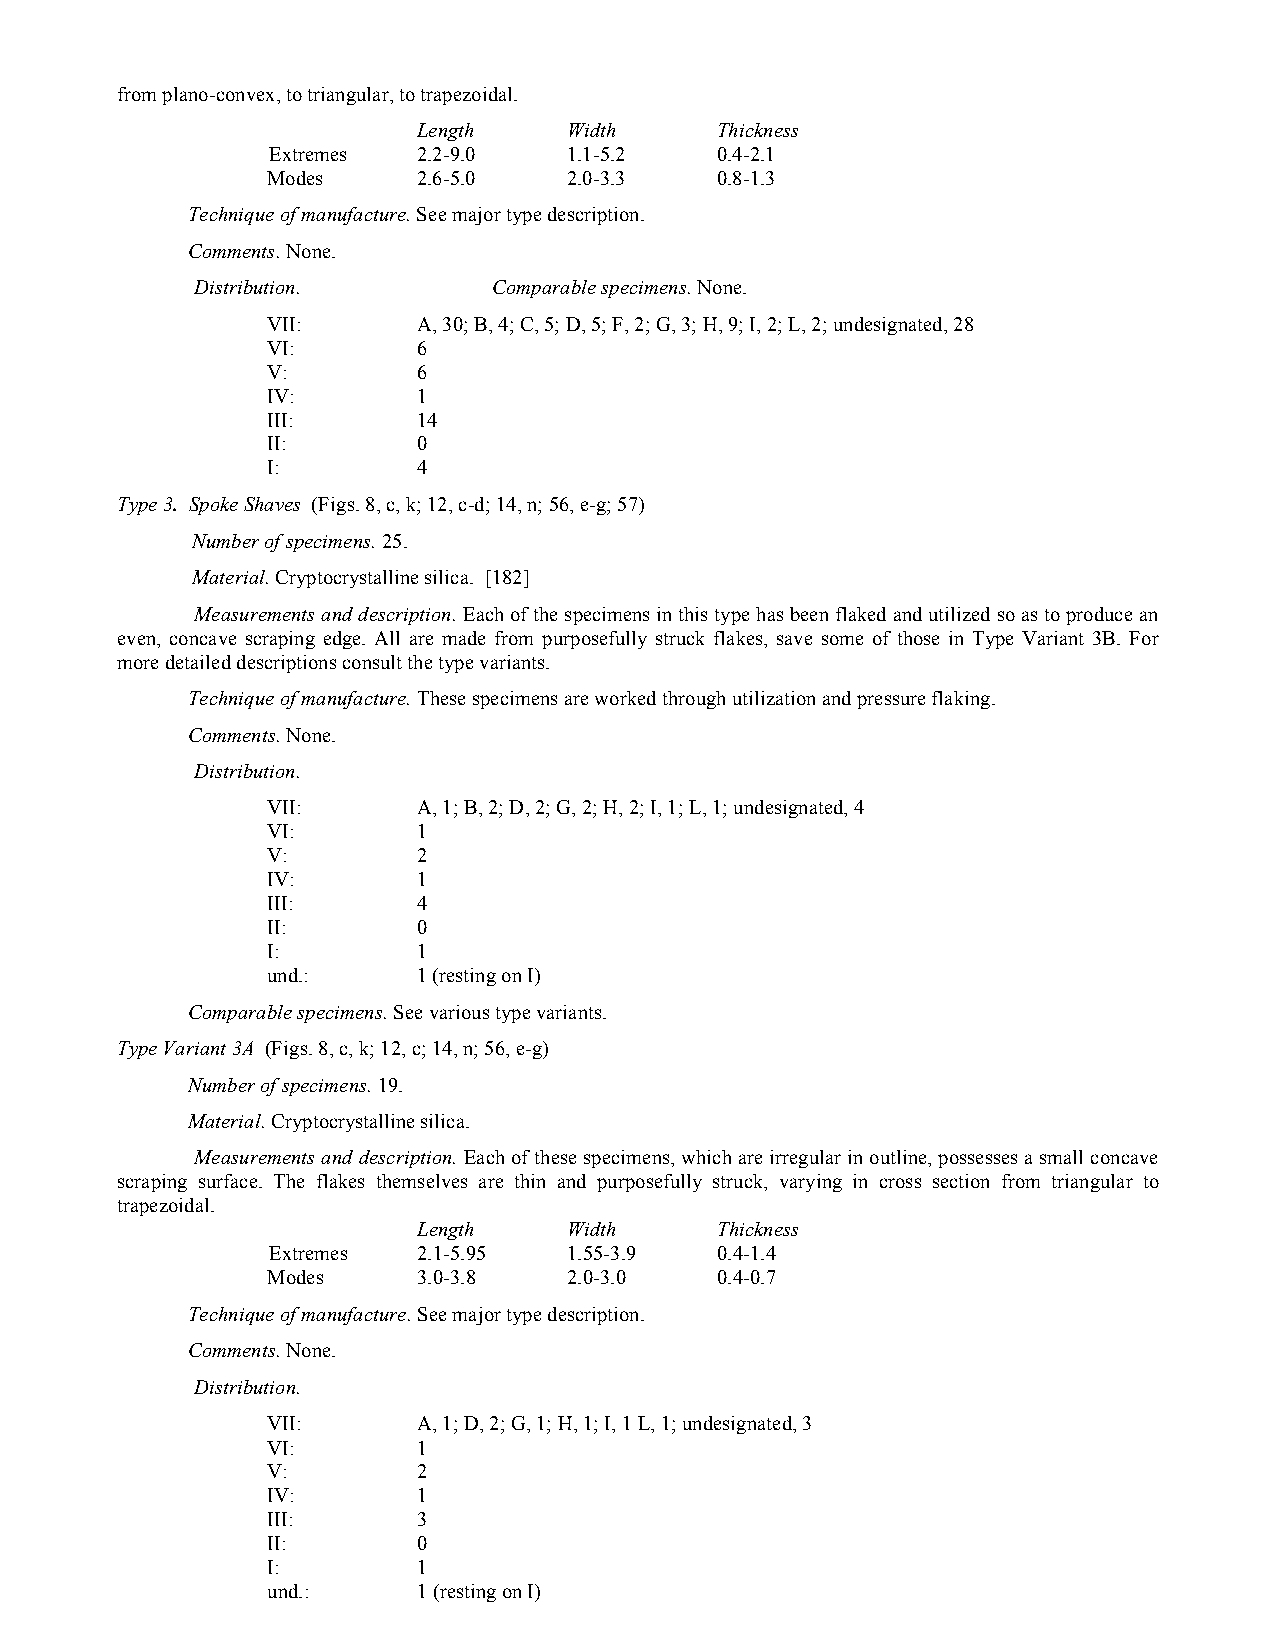
from plano-convex, to triangular, to trapezoidal.
 Length    Width    Thickness
 Extremes  2.2-9.0   1.1-5.2  0.4-2.1
 Modes     2.6-5.0   2.0-3.3  0.8-1.3
 Technique of manufacture. See major type description.
 Comments. None.
 Distribution.       Comparable specimens. None.
 VII:      A, 30; B, 4; C, 5; D, 5; F, 2; G, 3; H, 9; I, 2; L, 2; undesignated, 28
 VI:       6
 V:        6
 IV:       1
 III:      14
 II:       0
 I:        4
 Type 3. Spoke Shaves (Figs. 8, c, k; 12, c-d; 14, n; 56, e-g; 57)
 Number of specimens. 25.
 Material. Cryptocrystalline silica. [182]
 Measurements and description. Each of the specimens in this type has been flaked and utilized so as to produce an
 even, concave scraping edge. All are made from purposefully struck flakes, save some of those in Type Variant 3B. For
 more detailed descriptions consult the type variants.
 Technique of manufacture. These specimens are worked through utilization and pressure flaking.
 Comments. None.
 Distribution.
 VII:      A, 1; B, 2; D, 2; G, 2; H, 2; I, 1; L, 1; undesignated, 4
 VI:       1
 V:        2
 IV:       1
 III:      4
 II:       0
 I:        1
 und.:     1 (resting on I)
 Comparable specimens. See various type variants.
 Type Variant 3A (Figs. 8, c, k; 12, c; 14, n; 56, e-g)
 Number of specimens. 19.
 Material. Cryptocrystalline silica.
 Measurements and description. Each of these specimens, which are irregular in outline, possesses a small concave
 scraping surface. The flakes themselves are thin and purposefully struck, varying in cross section from triangular to
 trapezoidal.
 Length    Width    Thickness
 Extremes  2.1-5.95  1.55-3.9 0.4-1.4
 Modes     3.0-3.8   2.0-3.0  0.4-0.7
 Technique of manufacture. See major type description.
 Comments. None.
 Distribution.
 VII:      A, 1; D, 2; G, 1; H, 1; I, 1 L, 1; undesignated, 3
 VI:       1
 V:        2
 IV:       1
 III:      3
 II:       0
 I:        1
 und.:     1 (resting on I)